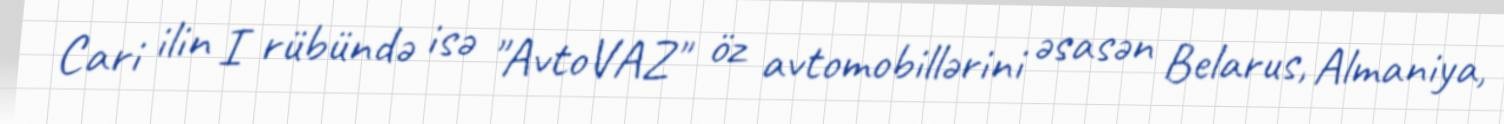
Cari ilin I rübündə isə "AvtoVAZ" öz avtomobillərini əsasən Belarus, Almaniya,